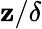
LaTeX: \mathbf{z}/\delta